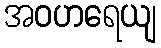
အဝဟရေယျ